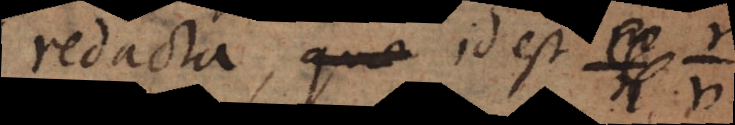
redacta, id est